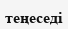
теңеседі